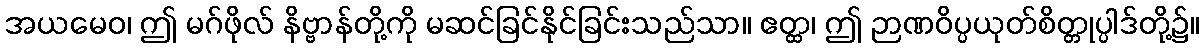
အယမေဝ၊ ဤ မဂ်ဖိုလ် နိဗ္ဗာန်တို့ကို မဆင်ခြင်နိုင်ခြင်းသည်သာ။ ဧတ္ထ၊ ဤ ဉာဏဝိပ္ပယုတ်စိတ္တုပ္ပါဒ်တို့၌။